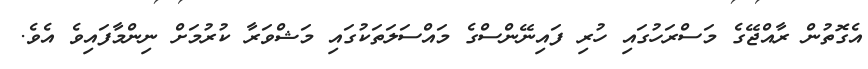
އެގޮތުން ރާއްޖޭގެ މަސްރަހުގައި ހުރި ފައިނޭންސްގެ މައްސަލަތަކުގައި މަޝްވަރާ ކުރުމަށް ނިންމާފައިވެ އެވެ.